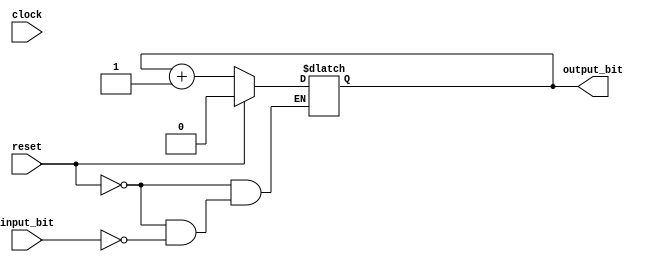
module parity (
clock , // Clock input of the design
reset , // active high, synchronous Reset input
input_bit , //symbolises input bit stream 
output_bit // output parity of the input stream
); // End of port list


//-------------Input Ports-----------------------------
input clock ;
input reset ;
input input_bit ;


//-------------Output Ports----------------------------
output output_bit ;

//-------------Input ports Data Type-------------------
wire clock ;
wire reset ;
wire input_bit ;

//-------------Output Ports Data Type------------------
reg output_bit ;

// At each edge of the clock :- output is updated wrt the input_bit

always @ ( clock)
begin : PARITY // Block Name

  // At every edge of clock if reset is active, we set the output to 0

  if (reset == 1'b1) begin
	output_bit = 1'b0;
  end
  // if input_bit is one then output_bit toggles otherwise remains same
  else if (input_bit == 1'b1) begin : ADD
	  output_bit = output_bit + 1; 
  end
end // End of Block 

endmodule // End of Module parity